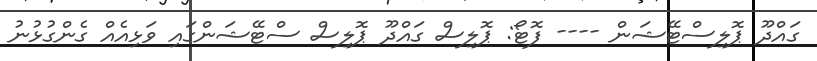
ގައްދޫ ޕޮލިސްޓޭޝަން ---- ފޮޓޯ: ޕޮލިސް ގައްދޫ ޕޮލިސް ސްޓޭޝަންގައި ވަޅިއެއް ގެންގުޅުނު